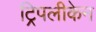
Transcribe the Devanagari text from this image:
ट्रिपलीकेन